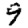
Digit: 9